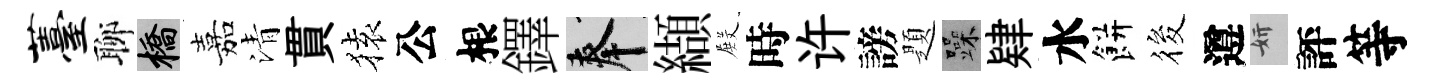
薹聊橋嘉清貫𫞤公根鐸奉纈𭮺時许謗題躁肄水餅筱遵妍評等